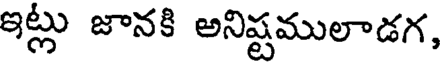
ఇట్లు జానకి అనిష్టములాడగ,